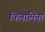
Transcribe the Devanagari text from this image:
फिनामिना